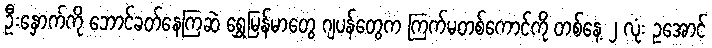
ဦးနှောက်ကို ဘောင်ခတ်နေကြဆဲ ရွှေမြန်မာတွေ ဂျပန်တွေက ကြက်မတစ်ကောင်ကို တစ်နေ့ ၂ လုံး ဥအောင်